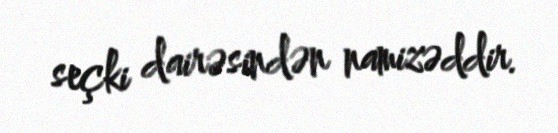
seçki dairəsindən namizəddir.